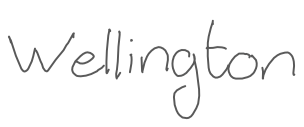
Text: Wellington
Cross-out: clean
Writing tool: digital_gray